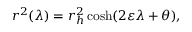
r ^ { 2 } ( \lambda ) = r _ { h } ^ { 2 } \cosh ( 2 \varepsilon \lambda + \theta ) ,